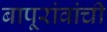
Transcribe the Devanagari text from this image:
बापूरांवांची